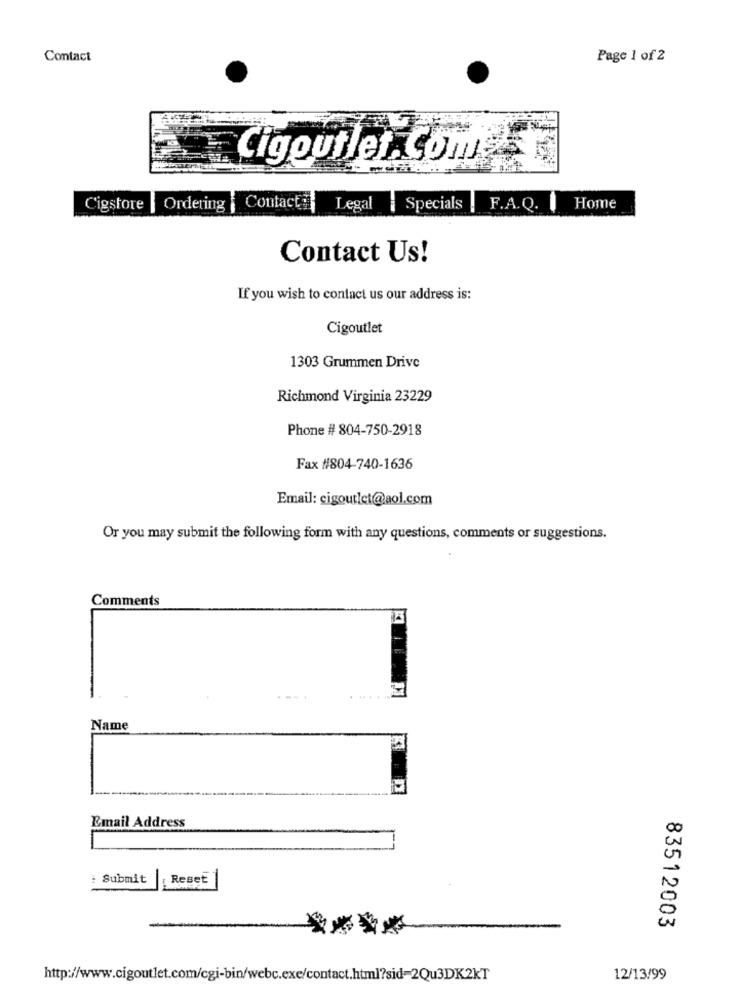
Contact
Page 1 of 2
Cigoutlet. Com
Cigstore | Ordering | Contact
Legal
Specials | F.A.Q. I
Home
Contact Us!
If you wish to contact us our address is:
Cigoutlet
1303 Grummen Drive
Richmond Virginia 23229
Phone # 804-750-2918
Fax #804-740-1636
Email: cigoutlet@aol.com
Or you may submit the following form with any questions, comments or suggestions.
Comments
Name
Email Address
00
: Submit
Reset
N
83512003
http://www.cigoutlet.com/cgi-bin/webc.exe/contact.html?sid-2Qu3DK2KT
12/13/99